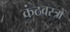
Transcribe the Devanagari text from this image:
कंठवस्त्रों